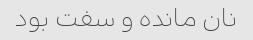
نان مانده و سفت بود